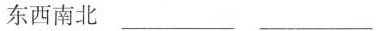
东西南北 ______ ________